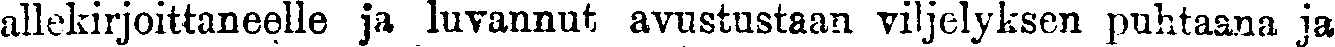
allekirjoittaneelle ja luvannut avustustaan viljelyksen puhtaana ja